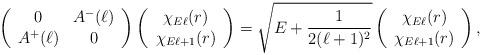
LaTeX: \begin{align*}\left(\begin{array}{cc}0&A^{-}(\ell)\\A^{+}(\ell)&0\end{array}\right) \left(\begin{array}{c}\chi_{E\ell}(r)\\\chi_{E\ell+1}(r)\end{array}\right)=\sqrt{E+\frac{1}{2(\ell+1)^{2}}} \left(\begin{array}{c}\chi_{E\ell}(r)\\\chi_{E\ell+1}(r)\end{array}\right) ,\end{align*}